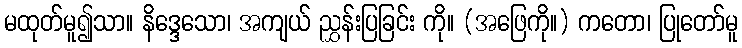
မထုတ်မူ၍သာ။ နိဒ္ဒေသော၊ အကျယ် ညွှန်းပြခြင်း ကို။ (အဖြေကို။) ကတော၊ ပြုတော်မူ